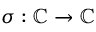
\sigma : \mathbb { C } \rightarrow \mathbb { C }